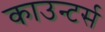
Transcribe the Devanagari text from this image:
काउन्टर्स